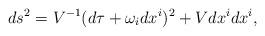
LaTeX: \begin{align*}ds^2= V^{-1} (d\tau + \omega _i dx^i)^2 + V dx^i dx^i,\end{align*}